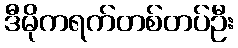
ဒီမိုကရက်တစ်တပ်ဦး